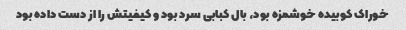
خوراک کوبیده خوشمزه بود، بال کبابی سرد بود و کیفیتش را از دست داده بود